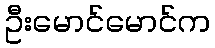
ဦးမောင်မောင်က